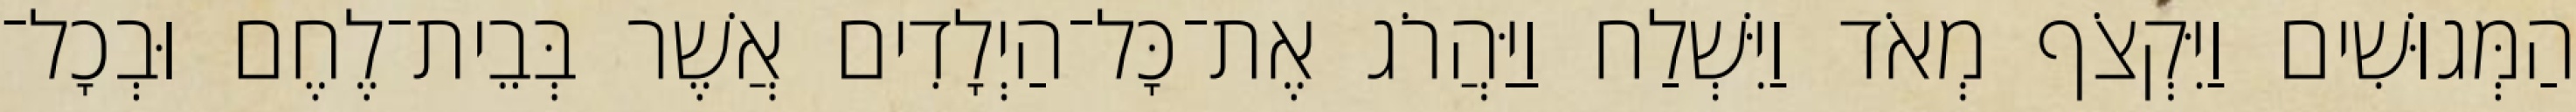
הַמְּגוּשִׁים וַיִּקְצֹף מְאֹד וַיִּשְׁלַח וַיַּהֲרֹג אֶת־כָּל־הַיְלָדִים אֲשֶׁר בְּבֵית־לֶחֶם וּבְכָל־